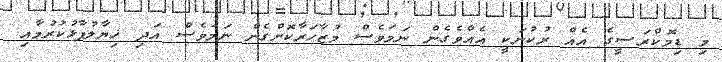
މި ޑިމޮކްރަސީގެ އެއް ރުކުނަކީ އެއްވެގެން ނަމަވެސް މުޒާހަރާކޮށްގެން ނަމަވެސް އަދި ޚިޔާލުފާޅުކުރުމާއި